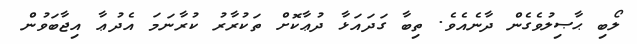
ލޯބި ޙާޞިލުވެގެން ދާނެއެވެ. ތިބާ ގަދައަޅާ ދުޢާކޮށް ތަކުރާރު ކުރާނަމަ އެދުޢާ އިޖާބަވުން